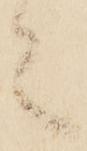
言